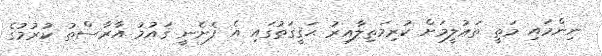
ނިންމައި މަތީ ތަޢުލީމަށް ކުރިމަތިލާއިރު ޙަޤީޤަތުގައި އެ ފެށެނީ ޤައުމު އާރާސްތު ކުރުމުގެ